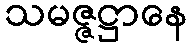
သမဇ္ဇဋ္ဌာနေ